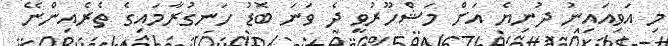
މި އަވިއައިނު ދުނިޔެ އަށް މަޝްހޫރުވީ ދެ ވަނަ ބޮޑު ހަނގުރާމައިގެ ތެރެއިންނޭ